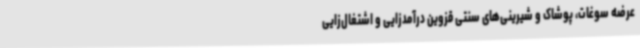
عرضه سوغات، پوشاک و شیرینی‌های سنتی قزوین درآمدزایی و اشتغال‌زایی